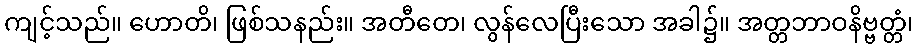
ကျင့်သည်။ ဟောတိ၊ ဖြစ်သနည်း။ အတီတေ၊ လွန်လေပြီးသော အခါ၌။ အတ္တဘာဝနိဗ္ဗတ္တံ၊